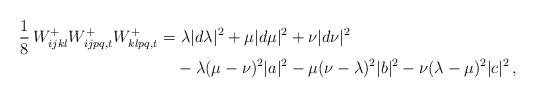
LaTeX: \begin{align*} \frac{1}{8}\,W^{+}_{ijkl}W^{+}_{ijpq,t}W^{+}_{klpq,t} =& \,\, \lambda |d\lambda|^{2}+\mu|d\mu|^{2}+\nu|d\nu|^{2}\\&-\lambda(\mu-\nu)^{2}|a|^{2}-\mu(\nu-\lambda)^{2}|b|^{2}-\nu(\lambda-\mu)^{2}|c|^{2}\,,\end{align*}